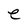
Character: e